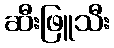
ဆီးဖြူသီး